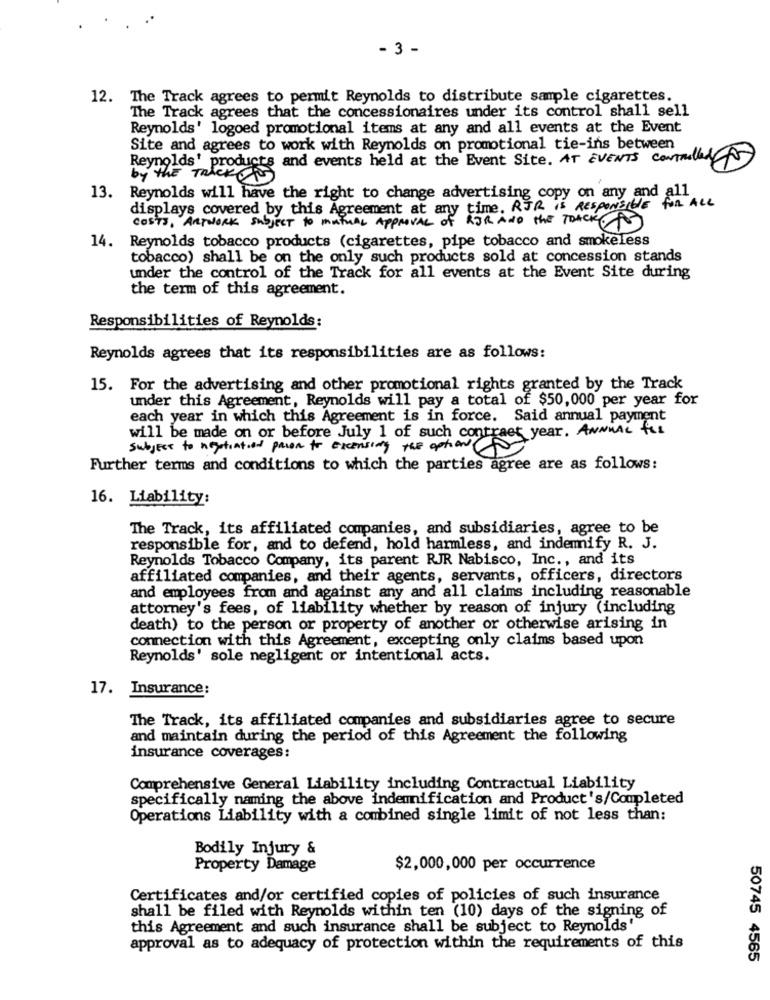
- 3 -
12. The Track agrees to permit Reynolds to distribute sample cigarettes.
The Track agrees that the concessionaires under its control shall sell
Reynolds' logoed promotional items at any and all events at the Event
Igod
Site and agrees to work with Reynolds on promotional tie-ins between
Reynolds' products and events held at the Event Site. AT EVENTS CONTRELENA
13. Reynolds will have the right to change advertising copy on any and all
displays covered by this Agreement at any time. RJR is RESPONSIBLE for ALL
COSTS, ARTWORK Subject to MUTUAL APPROVAL of RER AND THE TRACK
14.
Reynolds tobacco products (cigarettes, pipe tobacco and smokeless
tobacco) shall be on the only such products sold at concession stands
under the control of the Track for all events at the Event Site during
the term of this agreement.
Responsibilities of Reynolds:
Reynolds agrees that its responsibilities are as follows:
15. For the advertising and other promotional rights granted by the Track
under this Agreement, Reynolds will pay a total of $50,000 per year for
each year in which this Agreement is in force. Said annual payment
will be made on or before July 1 of such contract year. ANNUAL for
subject to negotiation prior to excessing the option
Further terms and conditions to which the parties agree are as follows:
16. Liability:
The Track, its affiliated companies, and subsidiaries, agree to be
responsible for, and to defend, hold harmless, and indemnify R. J.
Reynolds Tobacco Company, its parent RJR Nabisco, Inc ., and its
affiliated companies, and their agents, servants, officers, directors
and employees from and against any and all claims including reasonable
attorney's fees, of liability whether by reason of injury (including
death) to the person or property of another or otherwise arising in
connection with this Agreement, excepting only claims based upon
Reynolds' sole negligent or intentional acts.
17. Insurance:
The Track, its affiliated companies and subsidiaries agree to secure
and maintain during the period of this Agreement the following
insurance coverages:
Comprehensive General Liability including Contractual Liability
specifically naming the above indemnification and Product's/Completed
Operations Liability with a combined single limit of not less than:
Bodily Injury &
Property Damage
$2,000,000 per occurrence
Certificates and/or certified copies of policies of such insurance
shall be filed with Reynolds within ten (10) days of the signing of
this Agreement and such insurance shall be subject to Reynolds'
approval as to adequacy of protection within the requirements of this
50745 4565